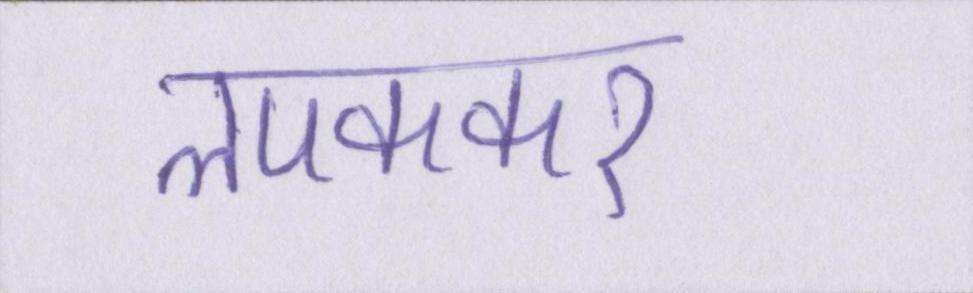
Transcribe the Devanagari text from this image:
लपककर